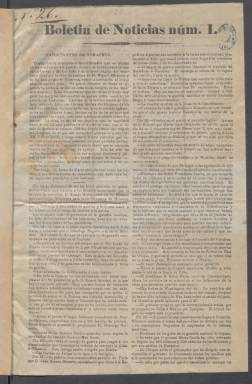
Título: Boletín de noticias (Puebla)
Colección: Periódicos
Ámbito geográfico: México
Lugar de publicación: Puebla
Fechas: 01/01/1860-16/09/1860